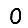
Digit: 0